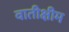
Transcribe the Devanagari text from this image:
वातीक्षीम